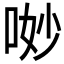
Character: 𠴕